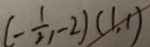
( - \frac { 1 } { 2 } , - 2 ) ( 1 , 1 )